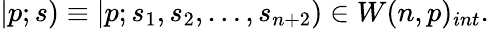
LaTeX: |p;s)\equiv|p;s_{1},s_{2},\ldots,s_{n+2})\in W(n,p)_{int}.